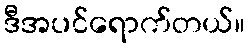
ဒီအပင်ရောက်တယ်။